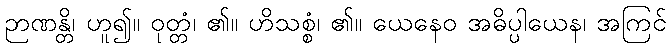
ဉာဏန္တိ၊ ဟူ၍။ ဝုတ္တံ၊ ၏။ ဟိသစ္စံ၊ ၏။ ယေနေဝ အဓိပ္ပါယေန၊ အကြင်